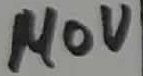
Text: 140V